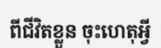
ពីជីវិតខ្លួន ចុះហេតុអ្វី